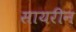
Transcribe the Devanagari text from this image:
सायरीन